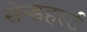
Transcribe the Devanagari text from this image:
सेन्डहर्स्ट